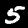
Label: 5